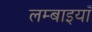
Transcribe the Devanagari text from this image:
लम्बाइयाँ